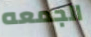
الجمعه